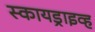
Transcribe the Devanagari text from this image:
स्कायड्राइव्ह